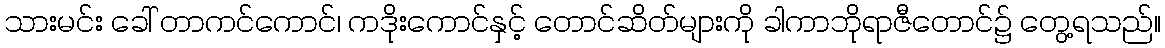
သားမင်း ခေါ် တာကင်ကောင်၊ ကဒိုးကောင်နှင့် တောင်ဆိတ်များကို ခါကာဘိုရာဇီတောင်၌ တွေ့ရသည်။